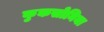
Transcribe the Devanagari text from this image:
कुकसोनिया